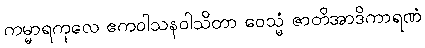
ကမ္မာရကုလေ ဧကဝါသနဝါသိတာ ဝေသ္မံ ဇာတိအာဒိကာရဏံ